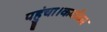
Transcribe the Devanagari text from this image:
पहुंचा।कर्वाका